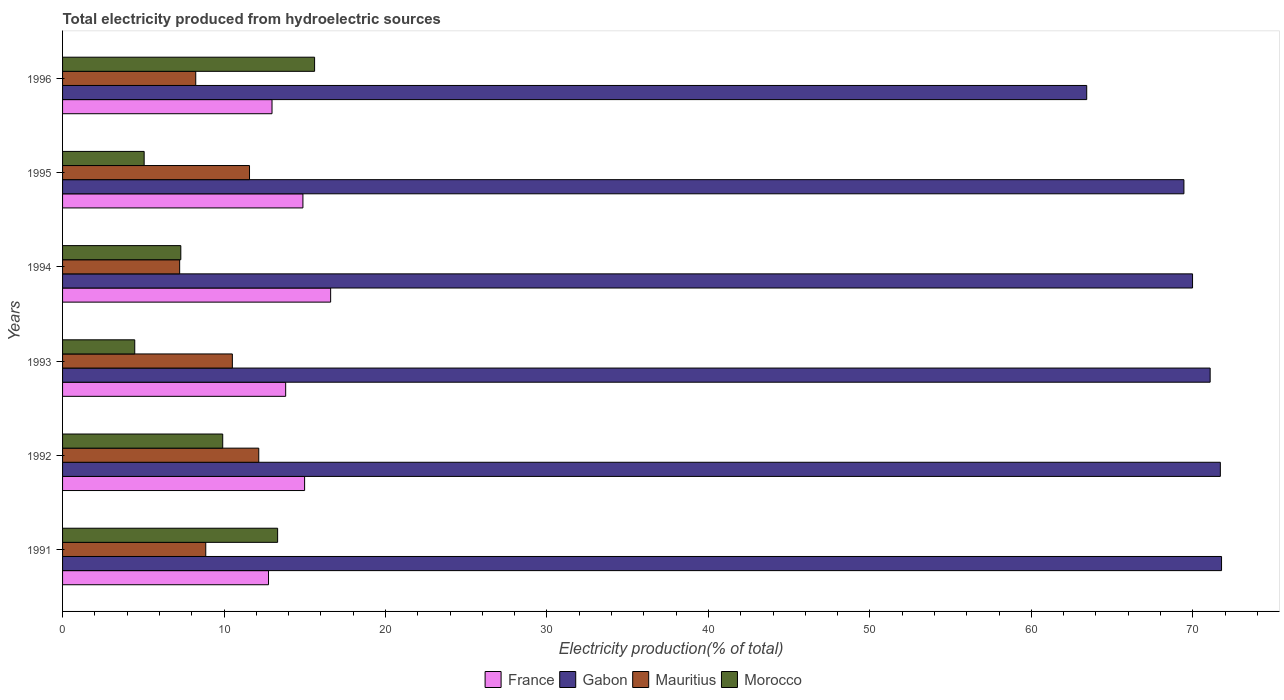
| Years | France | Gabon | Mauritius | Morocco |
 | --- | --- | --- | --- | --- |
 | 1991 | 12.8 | 71.8 | 8.87 | 13.3 |
 | 1992 | 15 | 71.7 | 12.2 | 9.92 |
 | 1993 | 13.8 | 71.1 | 10.5 | 4.47 |
 | 1994 | 16.6 | 70 | 7.25 | 7.32 |
 | 1995 | 14.9 | 69.4 | 11.6 | 5.05 |
 | 1996 | 13 | 63.4 | 8.25 | 15.6 |